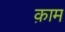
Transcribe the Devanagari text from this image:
क़ाम